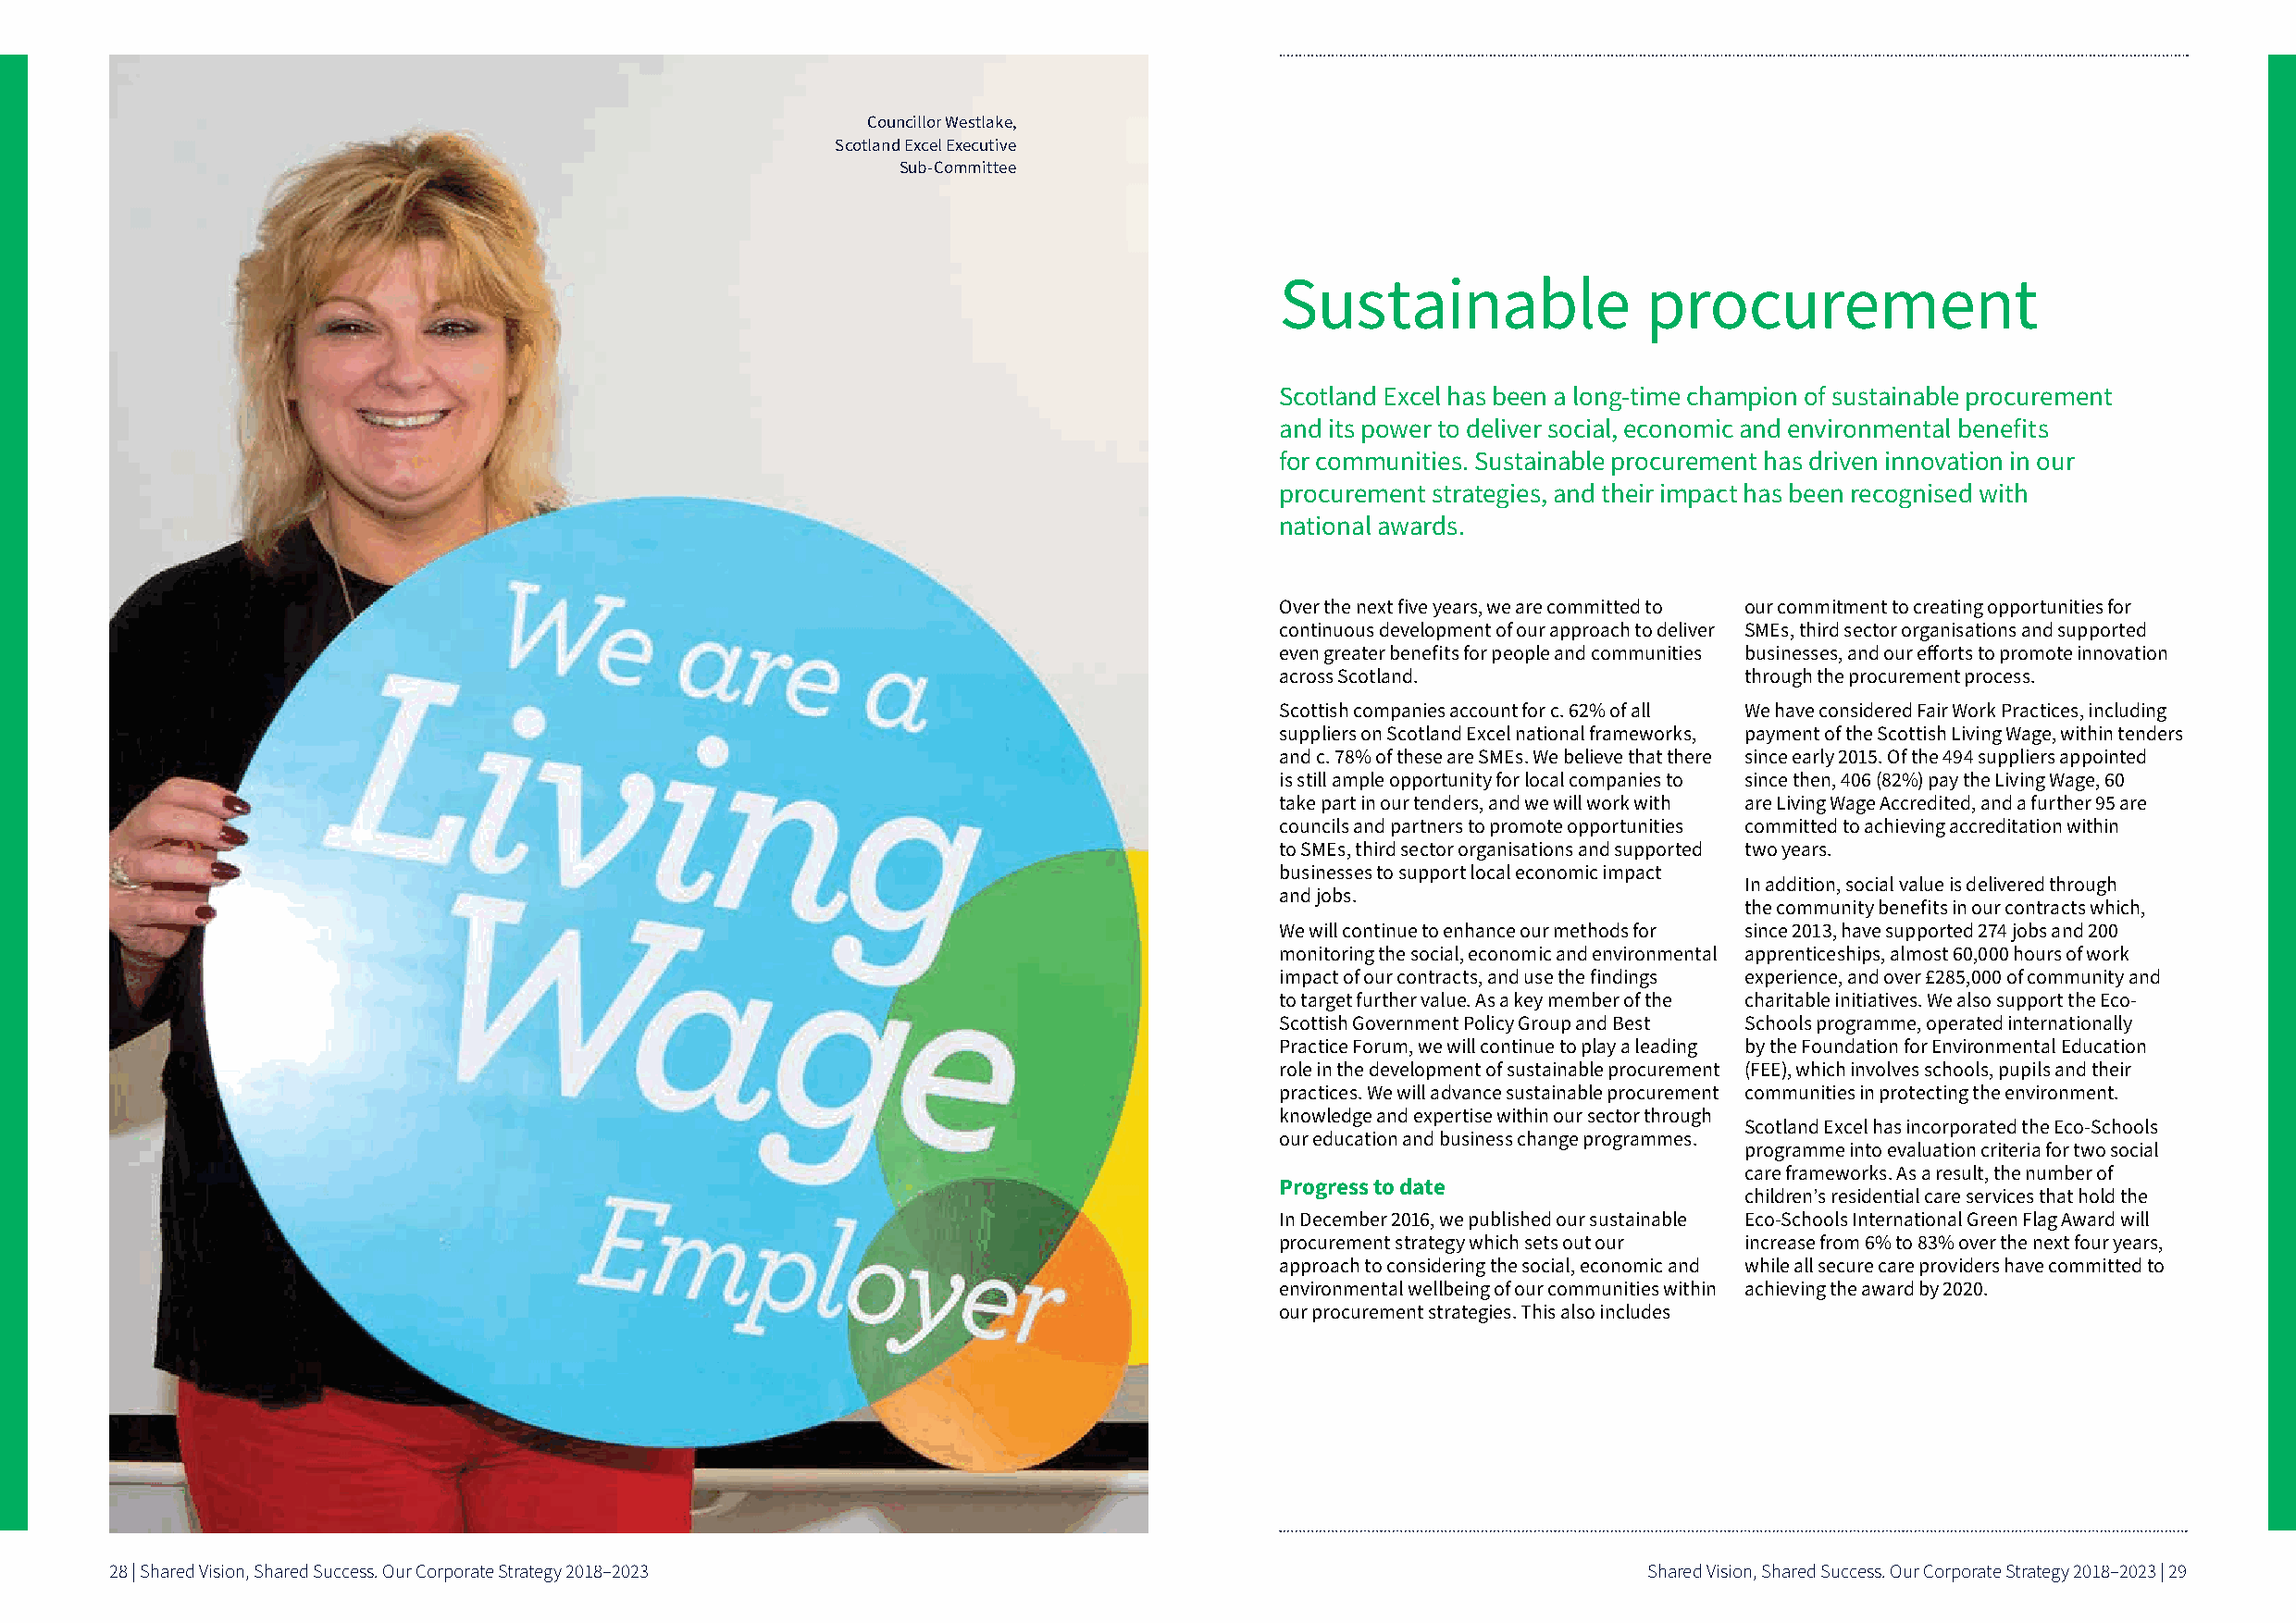
Councillor Westlake,
 Scotland Excel Executive
 Sub-Committee
 Sustainable                procurement
 Scotland Excel has been a long-time champion of sustainable procurement
 and its power to deliver social, economic and environmental benefits
 for communities Sustainable procurement has driven innovation in our
 procurement strategies, and their impact has been recognised with
 national awards
 Over the next five years, we are committed to our commitment to creating opportunities for
 continuous development of our approach to deliver SMEs, third sector organisations and supported
 even greater benefits for people and communities businesses, and our efforts to promote innovation
 across Scotland                   through the procurement process
 Scottish companies account for c 62% of all We have considered Fair Work Practices, including
 suppliers on Scotland Excel national frameworks, payment of the Scottish Living Wage, within tenders
 and c 78% of these are SMEs We believe that there since early 2015 Of the 494 suppliers appointed
 is still ample opportunity for local companies to since then, 406 (82%) pay the Living Wage, 60
 take part in our tenders, and we will work with are Living Wage Accredited, and a further 95 are
 councils and partners to promote opportunities committed to achieving accreditation within
 to SMEs, third sector organisations and supported two years
 businesses to support local economic impact
 In addition, social value is delivered through
 and jobs
 the community benefits in our contracts which,
 We will continue to enhance our methods for since 2013, have supported 274 jobs and 200
 monitoring the social, economic and environmental apprenticeships, almost 60,000 hours of work
 impact of our contracts, and use the findings experience, and over £285,000 of community and
 to target further value As a key member of the charitable initiatives We also support the Eco-
 Scottish Government Policy Group and Best Schools programme, operated internationally
 Practice Forum, we will continue to play a leading by the Foundation for Environmental Education
 role in the development of sustainable procurement (FEE), which involves schools, pupils and their
 practices We will advance sustainable procurement communities in protecting the environment
 knowledge and expertise within our sector through
 Scotland Excel has incorporated the Eco-Schools
 our education and business change programmes
 programme into evaluation criteria for two social
 care frameworks As a result, the number of
 Progress to date
 children’s residential care services that hold the
 In December 2016, we published our sustainable Eco-Schools International Green Flag Award will
 procurement strategy which sets out our increase from 6% to 83% over the next four years,
 approach to considering the social, economic and while all secure care providers have committed to
 environmental wellbeing of our communities within achieving the award by 2020
 our procurement strategies This also includes
 28 | Shared Vision, Shared Success. Our Corporate Strategy 2018–2023                                          Shared Vision, Shared Success. Our Corporate Strategy 2018–2023 | 29